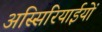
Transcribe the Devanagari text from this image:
अस्सिरियाईयों